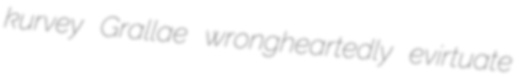
kurvey Grallae wrongheartedly evirtuate